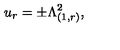
u _ { r } = \pm \Lambda _ { ( 1 , r ) } ^ { 2 } ,